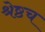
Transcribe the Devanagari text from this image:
श्रेष्ठच